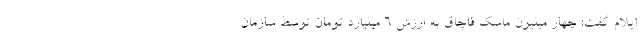
ایلام گفت: چهار میلیون ماسک قاچاق به ارزش 6 میلیارد تومان توسط سازمان